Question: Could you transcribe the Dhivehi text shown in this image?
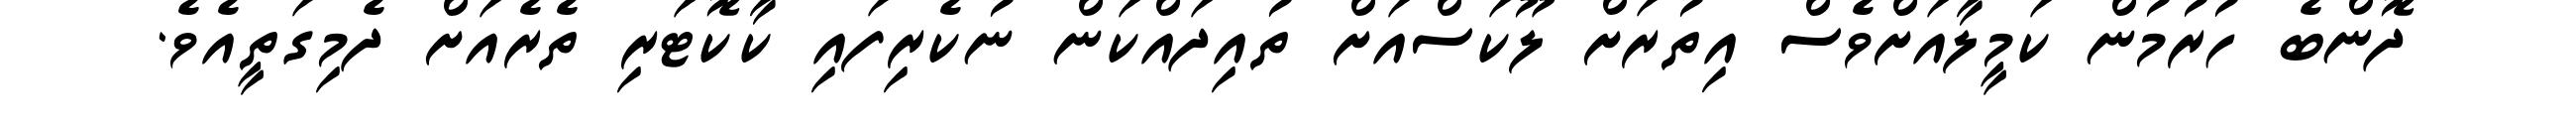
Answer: ދޮންބެ ހުރުމުން ކަމީލާއަށްވެސް އިތުރަށް ލޫކަސްއަށް ތުއިދައްކަން ނުކެރިފައި ކާކޮޓަރި ތެރެއަށް ދެމިގަތީއެވެ.